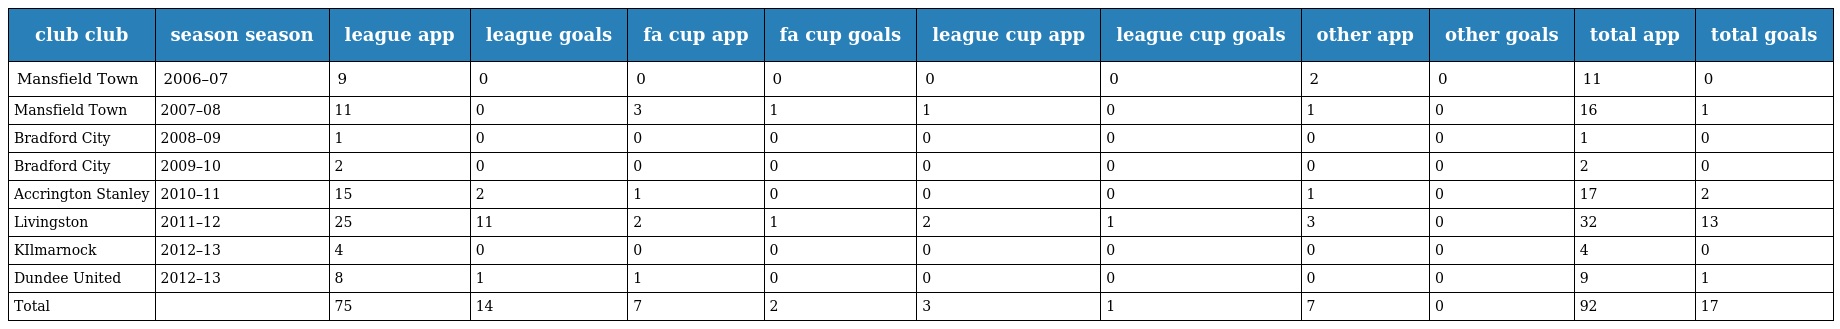
| club club | season season | league app | league goals | fa cup app | fa cup goals | league cup app | league cup goals | other app | other goals | total app | total goals |
 | --- | --- | --- | --- | --- | --- | --- | --- | --- | --- | --- | --- |
 | Mansfield Town | 2006–07 | 9 | 0 | 0 | 0 | 0 | 0 | 2 | 0 | 11 | 0 |
 | Mansfield Town | 2007–08 | 11 | 0 | 3 | 1 | 1 | 0 | 1 | 0 | 16 | 1 |
 | Bradford City | 2008–09 | 1 | 0 | 0 | 0 | 0 | 0 | 0 | 0 | 1 | 0 |
 | Bradford City | 2009–10 | 2 | 0 | 0 | 0 | 0 | 0 | 0 | 0 | 2 | 0 |
 | Accrington Stanley | 2010–11 | 15 | 2 | 1 | 0 | 0 | 0 | 1 | 0 | 17 | 2 |
 | Livingston | 2011–12 | 25 | 11 | 2 | 1 | 2 | 1 | 3 | 0 | 32 | 13 |
 | KIlmarnock | 2012–13 | 4 | 0 | 0 | 0 | 0 | 0 | 0 | 0 | 4 | 0 |
 | Dundee United | 2012–13 | 8 | 1 | 1 | 0 | 0 | 0 | 0 | 0 | 9 | 1 |
 | Total |  | 75 | 14 | 7 | 2 | 3 | 1 | 7 | 0 | 92 | 17 |